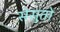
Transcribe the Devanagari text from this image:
सेसुतो